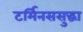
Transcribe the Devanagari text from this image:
टर्मिनससुद्धा